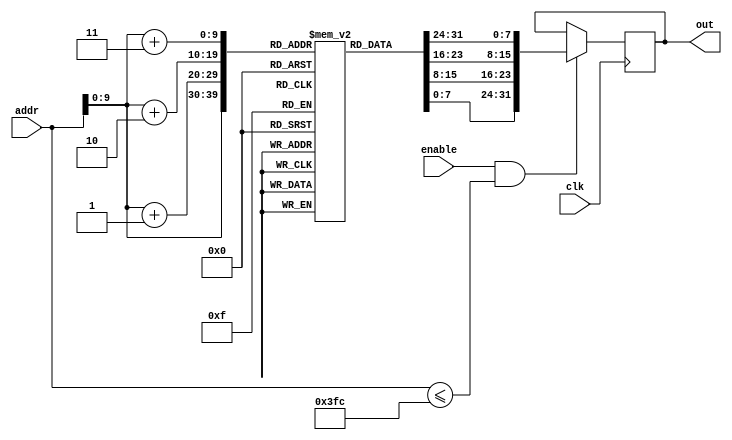
`timescale 1ns / 1ps
//////////////////////////////////////////////////////////////////////////////////
// Company: 
// Engineer: 
// 
// Design Name: 
// Module Name: ROM
// Project Name: 
// Target Devices: 
// Tool Versions: 
// Description: 
// 
// Dependencies: 
// 
// Revision:
// Revision 0.01 - File Created
// Additional Comments:
// 
//////////////////////////////////////////////////////////////////////////////////


module ROM(addr, enable, clk, out);

reg[7:0] storage [1023:0];

input[31:0] addr;
input enable, clk;
output reg [31:0] out;

integer i;

initial begin

	//initializing the entire ROM to zero to begin.
	for (i = 0; i < 1024; i = i + 1) begin
			storage[i] = 0;
			end
			
		//FOR TESTBENCH VALUES
	for (i = 0; i < 16; i = i + 1) begin
		storage[i] = i;
		end
			
			
	end //initial end

always @(posedge clk) begin
//reading
	if (enable && addr <= 1020) begin
		out = {storage[addr + 3], storage[addr + 2], storage[addr + 1], storage[addr]};
	end

	//the addr being above 124 will overflow, and i'm not sure how that would affect anything.
end//always end
endmodule